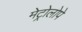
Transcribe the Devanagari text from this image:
मेट्रोलोपे